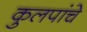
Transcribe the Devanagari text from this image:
कुलपांचे